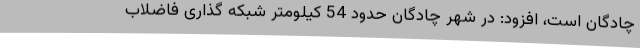
چادگان است، افزود: در شهر چادگان حدود 54 کیلومتر شبکه گذاری فاضلاب